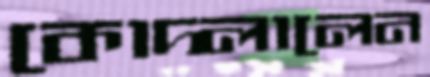
কোদ্‌লালেন